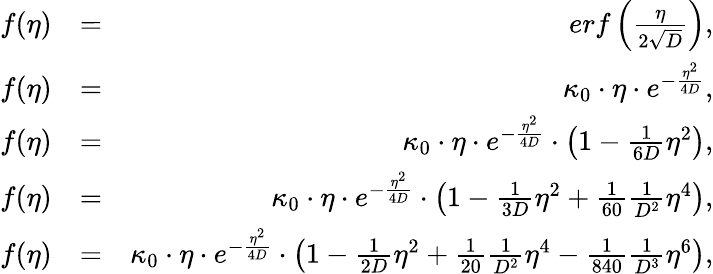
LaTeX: \begin{array}{rlr}{f(\eta)}&{=}&{erf\left({\frac{\eta}{2\sqrt{D}}}\right),}\\ {f(\eta)}&{=}&{\kappa_{0}\cdot\eta\cdot e^{-\frac{\eta^{2}}{4D}},}\\ {f(\eta)}&{=}&{\kappa_{0}\cdot\eta\cdot e^{-\frac{\eta^{2}}{4D}}\cdot\left(1-\frac{1}{6D}\eta^{2}\right),}\\ {f(\eta)}&{=}&{\kappa_{0}\cdot\eta\cdot e^{-\frac{\eta^{2}}{4D}}\cdot\left(1-\frac{1}{3D}\eta^{2}+\frac{1}{60}\frac{1}{D^{2}}\eta^{4}\right),}\\ {f(\eta)}&{=}&{\kappa_{0}\cdot\eta\cdot e^{-\frac{\eta^{2}}{4D}}\cdot\left(1-\frac{1}{2D}\eta^{2}+\frac{1}{20}\frac{1}{D^{2}}\eta^{4}-\frac{1}{840}\frac{1}{D^{3}}\eta^{6}\right),}\end{array}